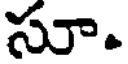
సూ.